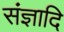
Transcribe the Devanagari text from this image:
संज्ञादि